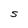
Character: S